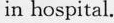
in hospital.